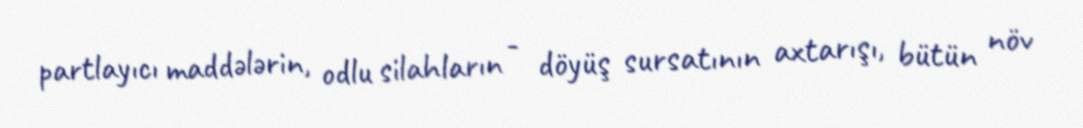
partlayıcı maddələrin, odlu silahların - döyüş sursatının axtarışı, bütün növ